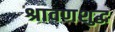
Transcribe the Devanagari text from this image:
श्रावणशुद्ध